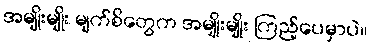
အမျိုးမျိုး မျက်စိတွေက အမျိုးမျိုး ကြည့်ပေမှာပဲ။